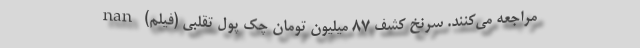
مراجعه می‌کنند. سرنخِ کشف ۸۷ میلیون تومان چک پول تقلبی (فیلم) nan